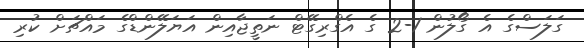
ގަލަސްގެ އެ ގޯލުން 1-2 ގެ އެގްރިގޭޓް ނަތީޖާއިން އަޔަލޭންޑްގެ މައްޗަށް ކުރި